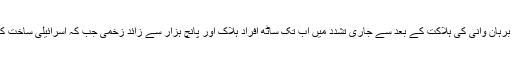
یہ اجلاس اس لحاظ سے بھی انتہائی اہمیت کی حامل تھا کہ حزب المجاہدین کے کمانڈر برہان وانی کی ہلاکت کے بعد سے جاری تشدد میں اب تک ساٹھ افراد ہلاک اور پانچ ہزار سے زائد زخمی جب کہ اسرائیلی ساخت کی پیلٹ گنوں کا شکار ہوکر ایک سو سے زائد افراد اپنی بینائی سے محروم ہوچکے ہیں۔